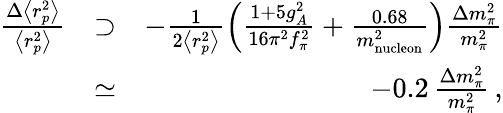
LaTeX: \begin{array}{rlr}{\frac{\Delta\left<r_{p}^{2}\right>}{\left<r_{p}^{2}\right>}}&{\supset}&{-\frac{1}{2\left<r_{p}^{2}\right>}\left(\frac{1+5g_{A}^{2}}{16\pi^{2}f_{\pi}^{2}}+\frac{0.68}{m_{\mathrm{nucleon}}^{2}}\right)\frac{\Delta m_{\pi}^{2}}{m_{\pi}^{2}}}\\ &{\simeq}&{-0.2\, \frac{\Delta m_{\pi}^{2}}{m_{\pi}^{2}}\, ,}\end{array}